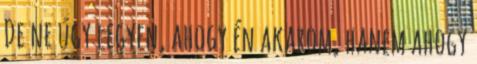
De ne úgy legyen, ahogy én akarom, hanem ahogy